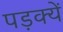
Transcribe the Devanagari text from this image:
पड़क्यें